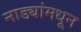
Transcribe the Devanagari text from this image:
नाड्यांमधून